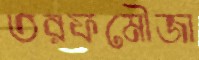
তরফমৌজা